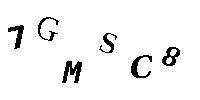
7GMSC8